Annual vaccination report of Bihar and Orissa - 1911-1928
Year: 1911
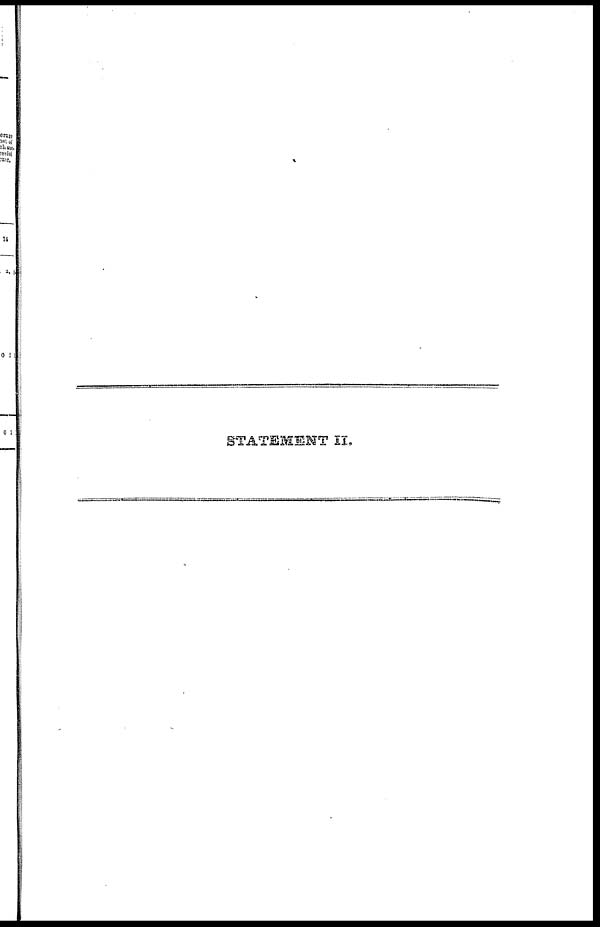
STATEMENT II.